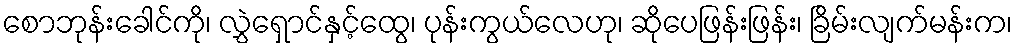
စောဘုန်းခေါင်ကို၊ လွှဲရှောင်နှင့်ထွေ၊ ပုန်းကွယ်လေဟု၊ ဆိုပေဖြန်းဖြန်း၊ ခြိမ်းလျက်မန်းက၊